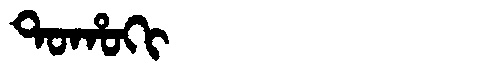
Manchu: ᡨᠣᡥᠣᡴᡳ
Romanization: TOHOKI